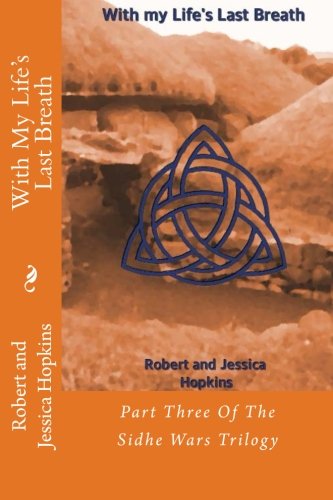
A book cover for With My Life's Last Breath: Part Three Of The Sidhe Wars Trilogy (Volume 3); Robert Allan Hopkins; Romance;